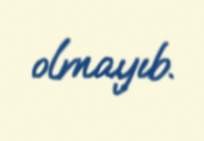
olmayıb.